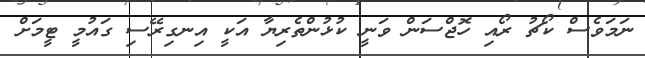
ނަމަވެސް ކޯޗު ރޯއި ހޮޖްސަން ވަނީ ކުޅުންތެރިޔާ އަކީ އިނގިރޭސި ގައުމީ ޓީމަށް